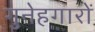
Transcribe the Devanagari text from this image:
गुनेहगारों